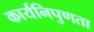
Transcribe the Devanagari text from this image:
कार्यनिपुणता